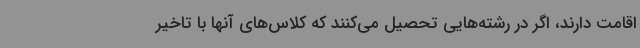
اقامت دارند، اگر در رشته‌هایی تحصیل می‌کنند که کلاس‌های آنها با تاخیر